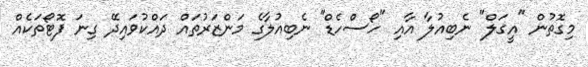
މިގޮތުން "އީގަލް" ނެބިއުލާ އާއި "ހޯސްހެޑް" ނެބިއުލާގެ މަންޒަރުތައް ދައްކުވައިދޭ ގިނަ ފޮޓޯތަކެއް